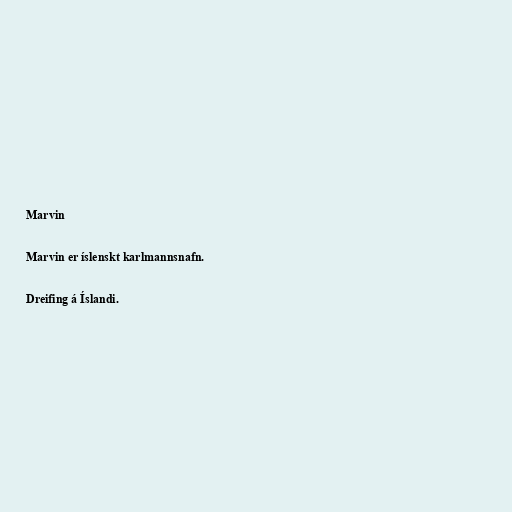
Marvin

Marvin er íslenskt karlmannsnafn.

Dreifing á Íslandi.